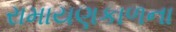
રામાયણકાળના